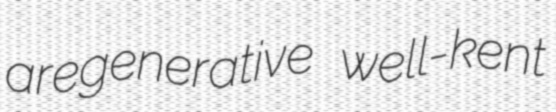
aregenerative well-kent